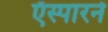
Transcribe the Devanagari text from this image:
ऍस्पारने